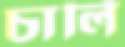
চার্লি